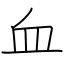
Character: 血